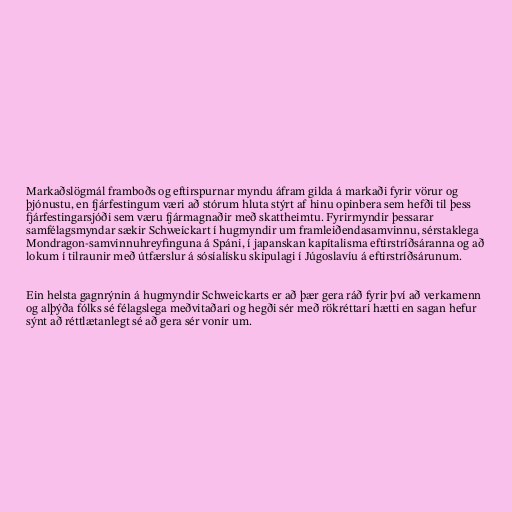
Markaðslögmál framboðs og eftirspurnar myndu áfram gilda á markaði fyrir vörur og
þjónustu, en fjárfestingum væri að stórum hluta stýrt af hinu opinbera sem hefði til þess
fjárfestingarsjóði sem væru fjármagnaðir með skattheimtu. Fyrirmyndir þessarar
samfélagsmyndar sækir Schweickart í hugmyndir um framleiðendasamvinnu, sérstaklega
Mondragon-samvinnuhreyfinguna á Spáni, í japanskan kapítalisma eftirstríðsáranna og að
lokum í tilraunir með útfærslur á sósíalísku skipulagi í Júgoslavíu á eftirstríðsárunum.

Ein helsta gagnrýnin á hugmyndir Schweickarts er að þær gera ráð fyrir því að verkamenn
og alþýða fólks sé félagslega meðvitaðari og hegði sér með rökréttari hætti en sagan hefur
sýnt að réttlætanlegt sé að gera sér vonir um.